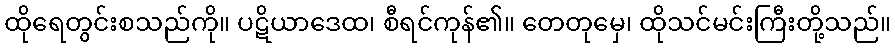
ထိုရေတွင်းစသည်ကို။ ပဋိယာဒေထ၊ စီရင်ကုန်၏။ တေတုမှေ၊ ထိုသင်မင်းကြီးတို့သည်။